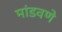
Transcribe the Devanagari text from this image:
मांडवणे